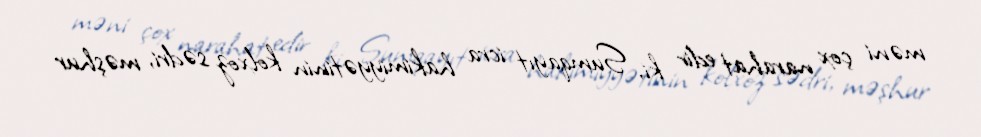
məni çox narahat edir ki, Sumqayıt icra hakimiyyətinin kolxoz sədri, məşhur